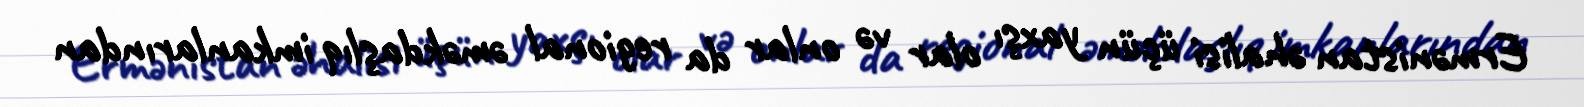
Ermənistan əhalisi üçün yaxşı olar və onlar da regional əməkdaşlıq imkanlarından